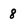
Character: 8